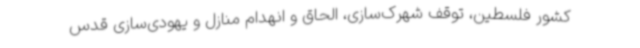
کشور فلسطین، توقف شهرک‌سازی، الحاق و انهدام منازل و یهودی‌سازی قدس